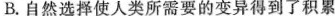
B.自然选择使人类所需要的变异得到了积累